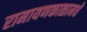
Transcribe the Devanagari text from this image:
रामायणकाळामधे